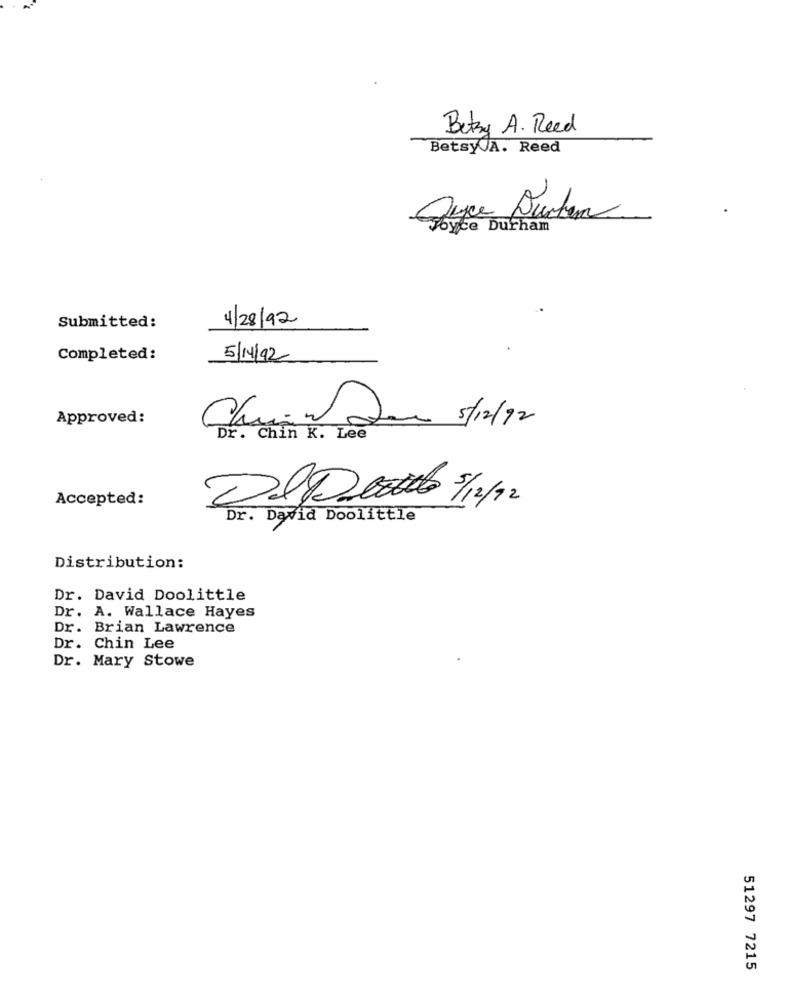
Betsy A. Reed
Betsy.A. Reed
Joyce Durham
Submitted:
4/28/92
Completed:
5/14/92
Approved:
Claran Done 5/12/12
Dr. Chin K. Lee
Accepted:
Dr. David Doolittle
Distribution:
Dr. David Doolittle
Dr. A. Wallace Hayes
Dr. Brian Lawrence
Dr. Chin Lee
Dr. Mary Stowe
51297 7215